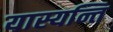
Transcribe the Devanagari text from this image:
यास्यन्ति